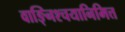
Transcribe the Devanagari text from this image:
वाङ्निश्चयानिमित्त